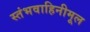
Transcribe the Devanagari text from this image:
स्तंभवाहिनीमूल